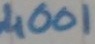
Text: 4001